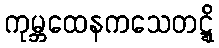
ကုမ္ဘထေနကသေတဋ္ဋိ